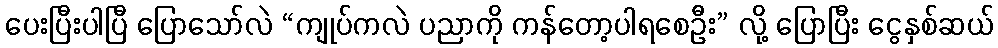
ပေးပြီးပါပြီ ပြောသော်လဲ “ကျုပ်ကလဲ ပညာကို ကန်တော့ပါရစေဦး” လို့ ပြောပြီး ငွေနှစ်ဆယ်